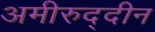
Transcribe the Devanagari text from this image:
अमीरुद्दीन